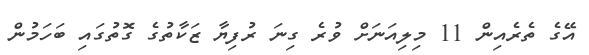
އޭގެ ތެރެއިން 11 މިލިއަނަށް ވުރެ ގިނަ ރުފިޔާ ޒަކާތުގެ ގޮތުގައި ބަހަމުން